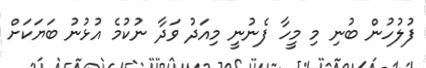
ފުލުހުން ބުނި މި މީހާ ފެނުނީ މިއަދު ވަދާ ނުކުމެ އުޅުނު ބަޔަކަށް